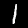
Digit: 1